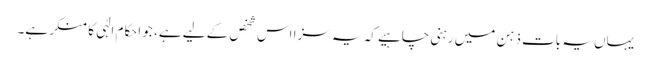
یہاں یہ بات ذہن میں رہنی چاہیے کہ یہ سزا اس شخص کے لیے ہے، جو احکام الٰہی کا منکر ہے۔